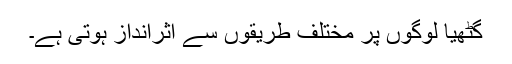
گٹھیا لوگوں پر مختلف طریقوں سے اثرانداز ہوتی ہے۔